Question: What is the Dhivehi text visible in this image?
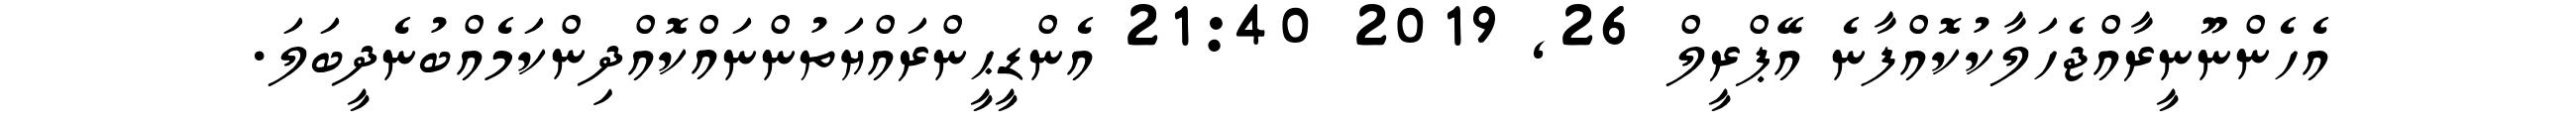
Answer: އެހެންނޫނީރާއްޖެހަލާކުކޮއްފާނެ އޭޕްރީލް 26, 2019 21:40 އެންޑީޙީންރައްޔަތުންނައްކޮއްދިންކަމެއްބުނެދީބަލަ.